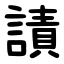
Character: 謮